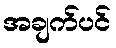
အချက်ပင်